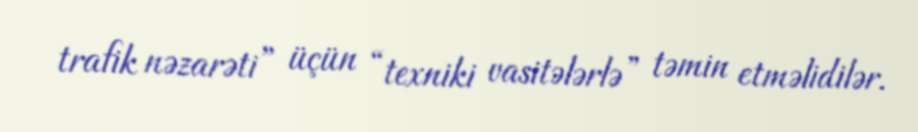
trafik nəzarəti” üçün “texniki vasitələrlə” təmin etməlidilər.